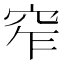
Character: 窄